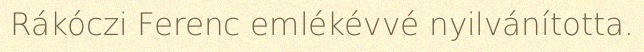
Rákóczi Ferenc emlékévvé nyilvánította.